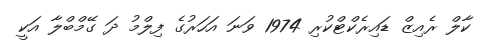
ކާލް ރެއިޒް ޑައިރެކްޓްކުރި 1974 ވަނަ އަހަރުގެ ފިލްމު ދަ ގޭމްބްލާ އަކީ